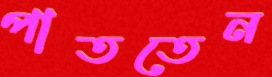
পাততেন